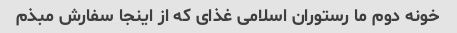
خونه دوم ما رستوران اسلامی غذای که از اینجا سفارش مبذم